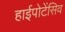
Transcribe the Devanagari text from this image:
हाईपोटेंसिव